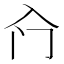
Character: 𱏱